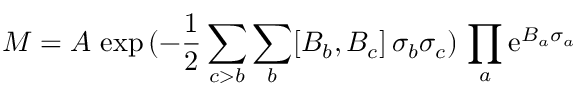
M = A \, \exp \, ( - \frac { 1 } { 2 } \sum _ { c > b } \sum _ { b } [ B _ { b } , B _ { c } ] \, \sigma _ { b } \sigma _ { c } ) \, \prod _ { a } \mathrm { e } ^ { B _ { a } \sigma _ { a } }